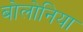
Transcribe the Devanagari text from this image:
बोलोनिया